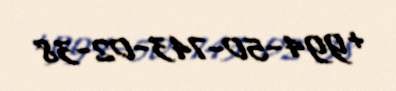
+994-50-743-02-38